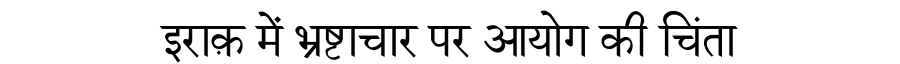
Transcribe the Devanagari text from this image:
इराक़ में भ्रष्टाचार पर आयोग की चिंता